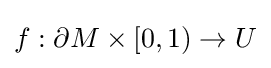
f:\partial M\times [0,1)\to U